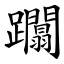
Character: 躢